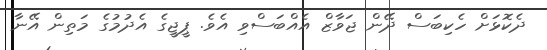
ދެކޮޅަށް ހެކިބަސް ދޭން ޖަވާޒް އެއްބަސްވި އެވެ. ޕީޖީގެ އެދުމުގެ މަތިން އޭނާ